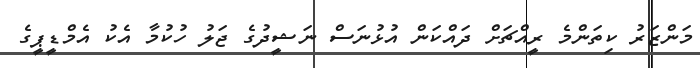
މަންޒަރު ކިތަންމެ ރީއްޗަށް ދައްކަން އުޅުނަސް ނަޝީދުގެ ޖަލު ހުކުމާ އެކު އެމްޑީޕީގެ